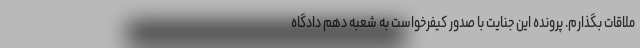
ملاقات بگذارم. پرونده این جنایت با صدور کیفرخواست به شعبه دهم دادگاه